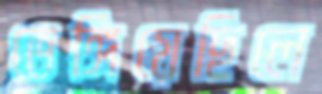
ভেঙ্গিয়েছিলে